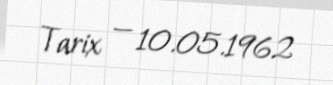
Tarix — 10.05.1962